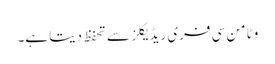
وٹامن سی فری ریڈیکلز سے تحفظ دیتا ہے۔